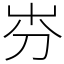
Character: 㞣